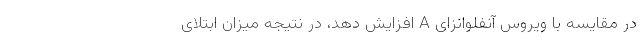
در مقایسه با ویروس آنفلوانزای A افزایش دهد، در نتیجه میزان ابتلای